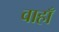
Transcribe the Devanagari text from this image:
वाहाँ